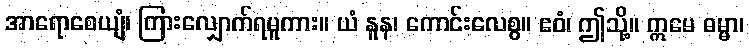
အာရောစေယျံ၊ ကြားလျှောက်ရမူကား။ ယံ နူန၊ ကောင်းလေစွ။ ဧဝံ၊ ဤသို့။ ဣမေ ဓမ္မာ၊